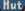
Hut